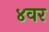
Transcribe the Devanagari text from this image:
४वर